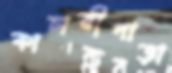
কাচারীপাড়া